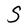
Character: S